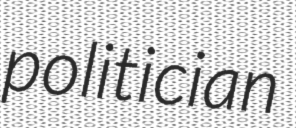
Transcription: politician